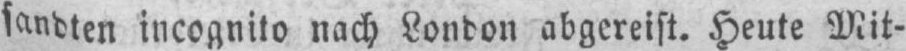
sandten incognito nach London abgereist. Heute Mit-